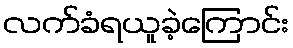
လက်ခံရယူခဲ့ကြောင်း